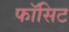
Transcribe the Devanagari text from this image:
फॉसिट